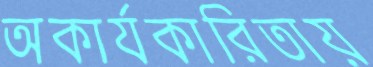
অকার্যকারিতায়